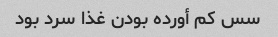
سس کم أورده بودن غذا سرد بود